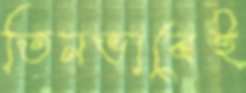
তিনভাবেই